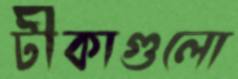
টীকাগুলো